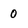
Character: O